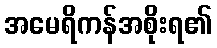
အမေရိကန်အစိုးရ၏